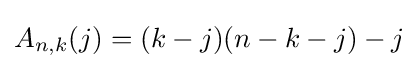
A_{n,k}(j)=(k-j)(n-k-j)-j